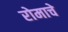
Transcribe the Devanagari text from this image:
रोमाचे